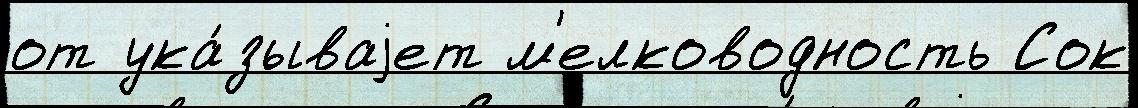
от ука́зываjет м'елководность Сок